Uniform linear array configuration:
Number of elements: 32
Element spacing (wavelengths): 0.75
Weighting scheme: blackman
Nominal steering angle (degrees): -60
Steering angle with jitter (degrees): -58.537
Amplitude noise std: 0.05
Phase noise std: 0.05

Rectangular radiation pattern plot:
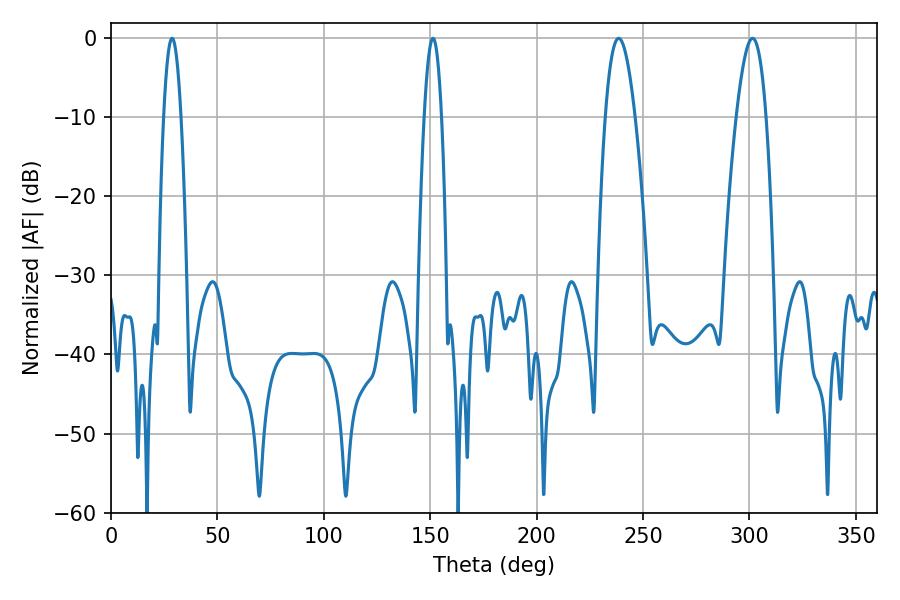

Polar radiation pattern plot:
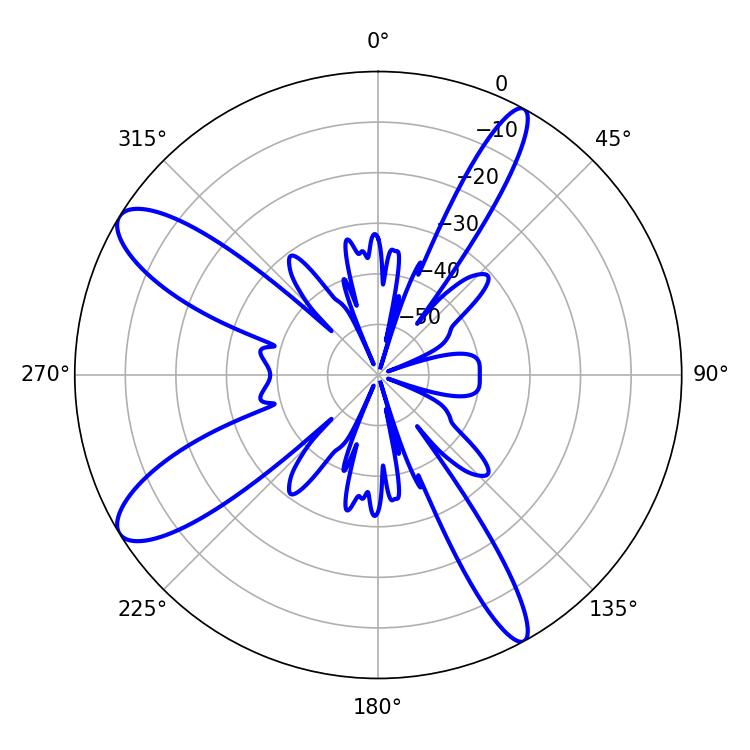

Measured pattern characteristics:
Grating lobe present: TRUE
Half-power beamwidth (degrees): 7.74
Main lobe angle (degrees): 238.5